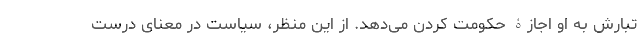
تبارش به او اجازۀ حکومت کردن می‌دهد. از این منظر، سیاست در معنای درست